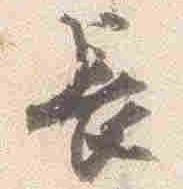
長